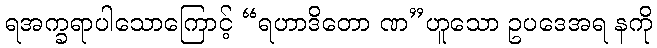
ရအက္ခရာပါသောကြောင့် “ရဟာဒိတော ဏ”ဟူသော ဥပဒေအရ နကို